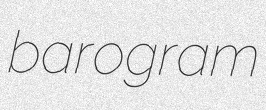
barogram